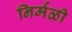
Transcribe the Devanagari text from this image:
निर्मळी